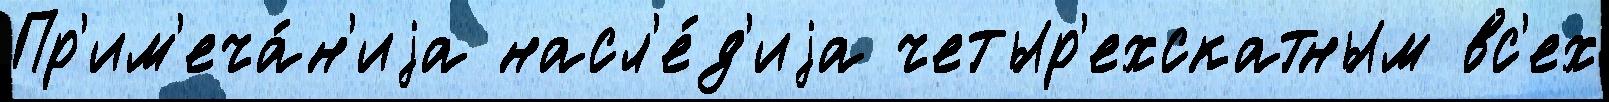
Пр'им'еча́н'иjа насл'е́д'иjа четыр'ехскатным вс'ех